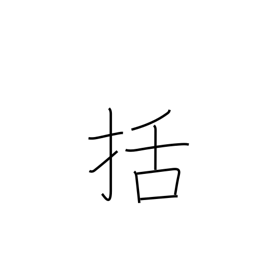
Meaning: fasten